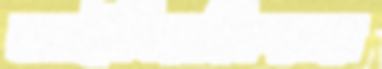
আইনিপ্রক্রিয়ার